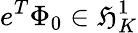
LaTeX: e^{T}\Phi_{0}\in\mathfrak{H}_{K}^{1}